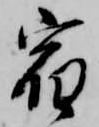
宿